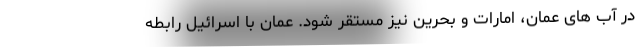
در آب های عمان، امارات و بحرین نیز مستقر شود. عمان با اسرائیل رابطه